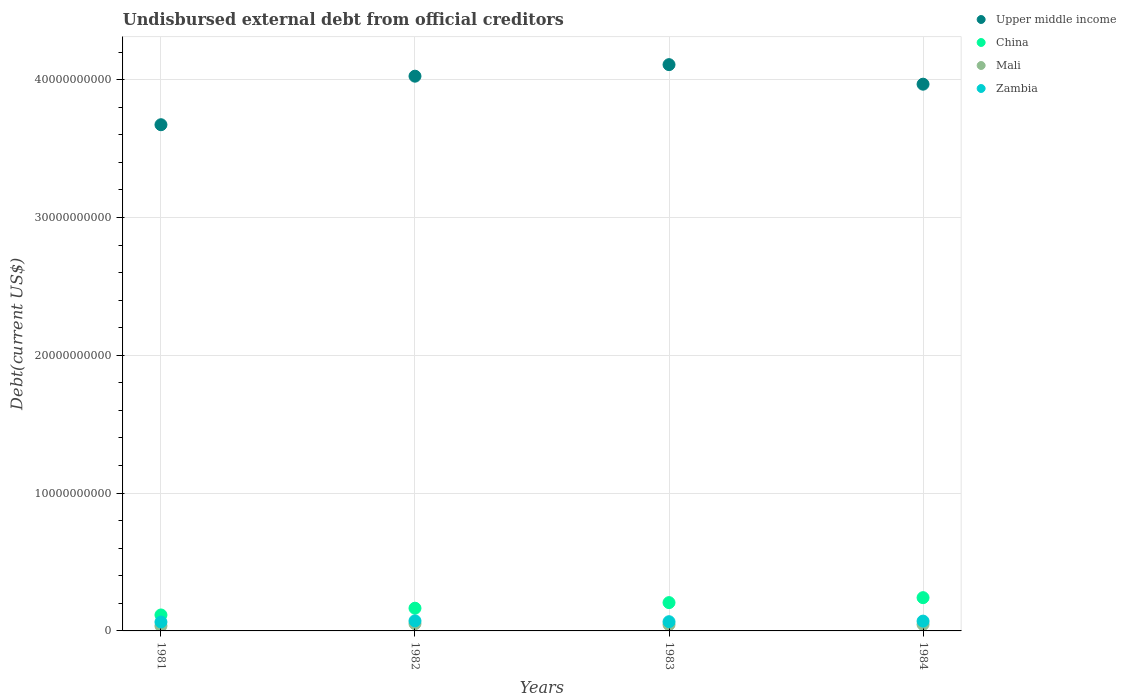
| Years | Upper middle income | China | Mali | Zambia |
 | --- | --- | --- | --- | --- |
 | 1981 | 3.67e+10 | 1.16e+09 | 3.65e+08 | 6.46e+08 |
 | 1982 | 4.03e+10 | 1.65e+09 | 5.25e+08 | 7.3e+08 |
 | 1983 | 4.11e+10 | 2.05e+09 | 4.59e+08 | 6.7e+08 |
 | 1984 | 3.97e+10 | 2.41e+09 | 4.72e+08 | 7.12e+08 |